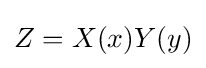
Z=X(x)Y(y)